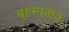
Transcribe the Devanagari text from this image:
बृहस्पतीने